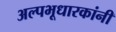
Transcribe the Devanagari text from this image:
अल्पभूधारकांनी